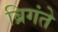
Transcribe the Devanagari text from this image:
ब्रिगंते